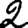
Digit: 2